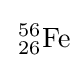
\,{}_{26}^{56}\mathrm {Fe}